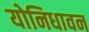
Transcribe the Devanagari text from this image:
योनिधावन